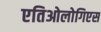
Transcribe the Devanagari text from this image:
एतिओलोगिएस